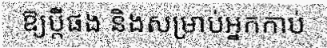
ឱ្យប្តីផង និងសម្រាប់អ្នកកាប់